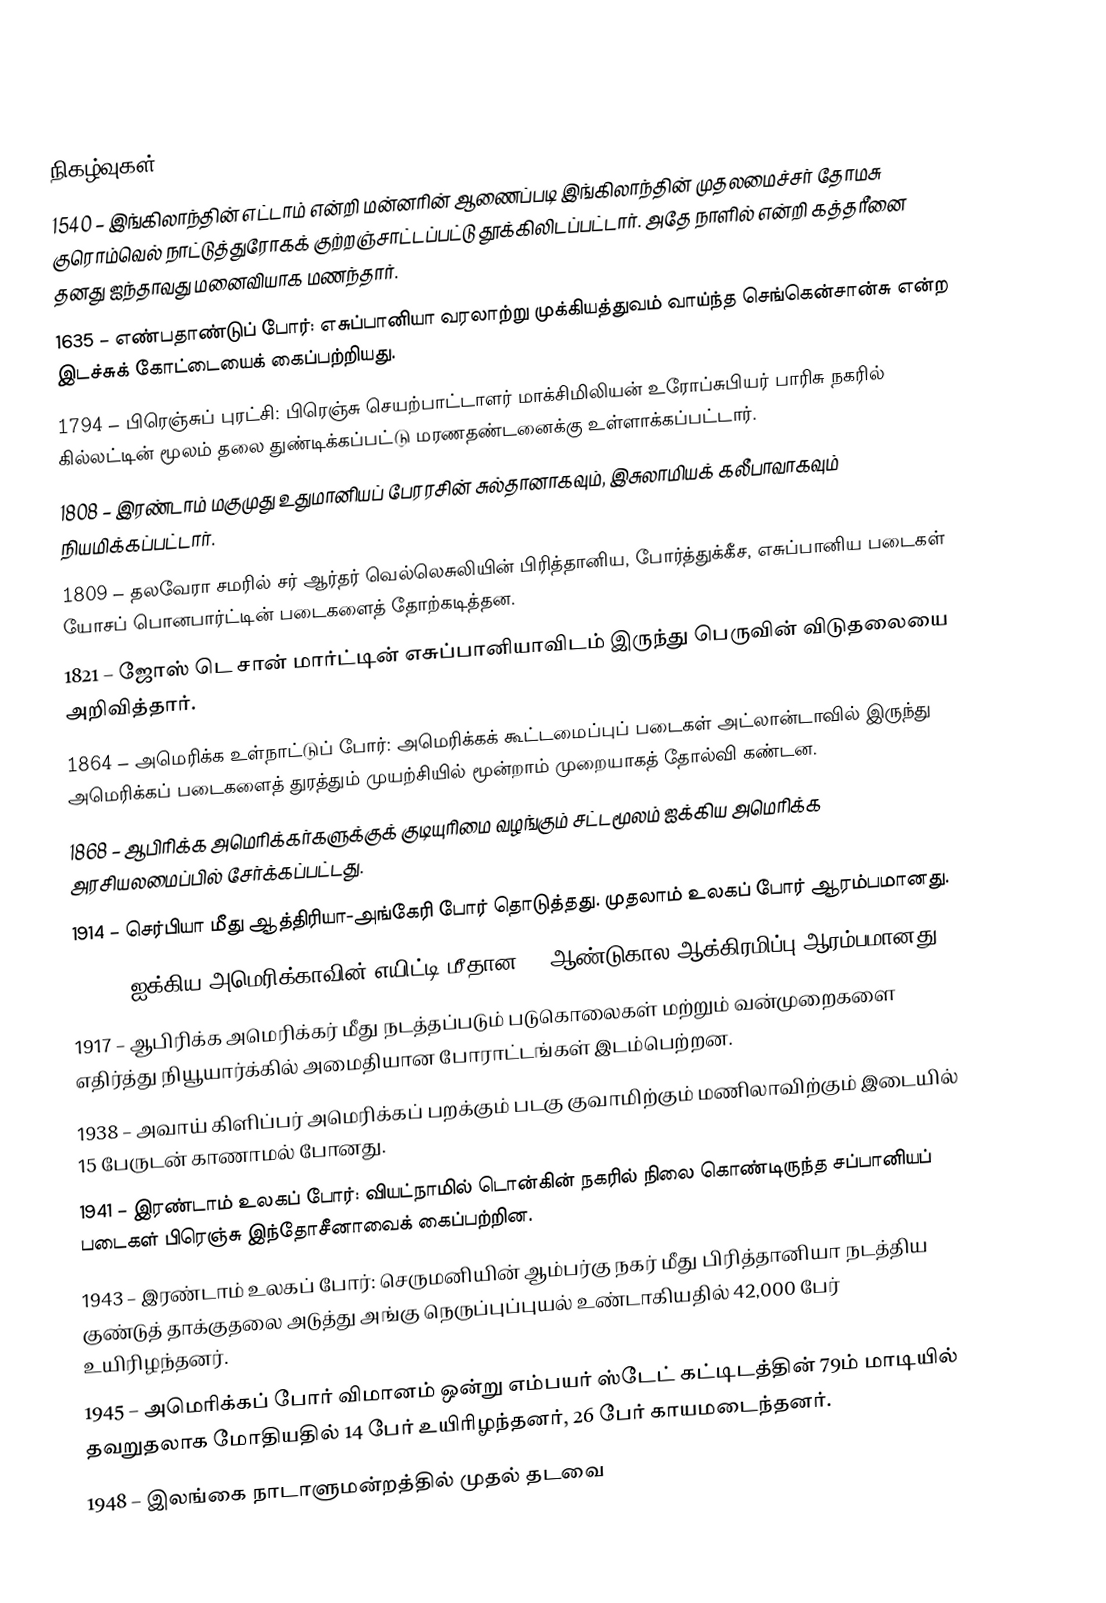

நிகழ்வுகள்
1540 – இங்கிலாந்தின் எட்டாம் என்றி மன்னரின் ஆணைப்படி இங்கிலாந்தின் முதலமைச்சர் தோமசு குரொம்வெல் நாட்டுத்துரோகக் குற்றஞ்சாட்டப்பட்டு தூக்கிலிடப்பட்டார். அதே நாளில் என்றி கத்தரீனை தனது ஐந்தாவது மனைவியாக மணந்தார்.
1635 – எண்பதாண்டுப் போர்: எசுப்பானியா வரலாற்று முக்கியத்துவம் வாய்ந்த செங்கென்சான்சு என்ற இடச்சுக் கோட்டையைக் கைப்பற்றியது.
1794 – பிரெஞ்சுப் புரட்சி: பிரெஞ்சு செயற்பாட்டாளர் மாக்சிமிலியன் உரோப்சுபியர் பாரிசு நகரில் கில்லட்டின் மூலம் தலை துண்டிக்கப்பட்டு மரணதண்டனைக்கு உள்ளாக்கப்பட்டார்.
1808 – இரண்டாம் மகுமுது உதுமானியப் பேரரசின் சுல்தானாகவும், இசுலாமியக் கலீபாவாகவும் நியமிக்கப்பட்டார்.
1809 – தலவேரா சமரில் சர் ஆர்தர் வெல்லெசுலியின் பிரித்தானிய, போர்த்துக்கீச, எசுப்பானிய படைகள் யோசப் பொனபார்ட்டின் படைகளைத் தோற்கடித்தன.
1821 – ஜோஸ் டெ சான் மார்ட்டின் எசுப்பானியாவிடம் இருந்து பெருவின் விடுதலையை அறிவித்தார்.
1864 – அமெரிக்க உள்நாட்டுப் போர்: அமெரிக்கக் கூட்டமைப்புப் படைகள் அட்லான்டாவில் இருந்து அமெரிக்கப் படைகளைத் துரத்தும் முயற்சியில் மூன்றாம் முறையாகத் தோல்வி கண்டன.
1868 – ஆபிரிக்க அமெரிக்கர்களுக்குக் குடியுரிமை வழங்கும் சட்டமூலம் ஐக்கிய அமெரிக்க அரசியலமைப்பில் சேர்க்கப்பட்டது.
1914 – செர்பியா மீது ஆத்திரியா-அங்கேரி போர் தொடுத்தது. முதலாம் உலகப் போர் ஆரம்பமானது.
1915 – ஐக்கிய அமெரிக்காவின் எயிட்டி மீதான 19-ஆண்டுகால ஆக்கிரமிப்பு ஆரம்பமானது.
1917 – ஆபிரிக்க அமெரிக்கர் மீது நடத்தப்படும் படுகொலைகள் மற்றும் வன்முறைகளை எதிர்த்து நியூயார்க்கில் அமைதியான போராட்டங்கள் இடம்பெற்றன.
1938 – அவாய் கிளிப்பர் அமெரிக்கப் பறக்கும் படகு குவாமிற்கும் மணிலாவிற்கும் இடையில் 15 பேருடன் காணாமல் போனது.
1941 – இரண்டாம் உலகப் போர்: வியட்நாமில் டொன்கின் நகரில் நிலை கொண்டிருந்த சப்பானியப் படைகள் பிரெஞ்சு இந்தோசீனாவைக் கைப்பற்றின.
1943 – இரண்டாம் உலகப் போர்: செருமனியின் ஆம்பர்கு நகர் மீது பிரித்தானியா நடத்திய குண்டுத் தாக்குதலை அடுத்து அங்கு நெருப்புப்புயல் உண்டாகியதில் 42,000 பேர் உயிரிழந்தனர்.
1945 – அமெரிக்கப் போர் விமானம் ஒன்று எம்பயர் ஸ்டேட் கட்டிடத்தின் 79ம் மாடியில் தவறுதலாக மோதியதில் 14 பேர் உயிரிழந்தனர், 26 பேர் காயமடைந்தனர்.
1948 – இலங்கை நாடாளுமன்றத்தில் முதல் தடவை